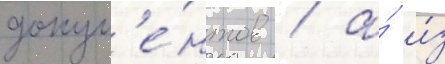
докум'е́нтов / а́ и́з